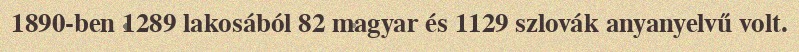
1890-ben 1289 lakosából 82 magyar és 1129 szlovák anyanyelvű volt.